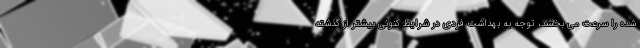
شده را سرعت می بخشد، توجه به بهداشت فردی در شرایط کنونی بیشتر از گذشته